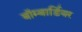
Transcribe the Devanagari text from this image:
बॉम्बार्डियर